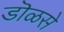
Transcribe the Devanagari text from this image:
डॊळसे